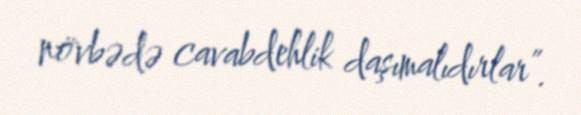
növbədə cavabdehlik daşımalıdırlar”.